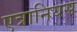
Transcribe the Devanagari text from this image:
एत्रानियस